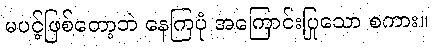
မပင့်ဖြစ်တော့ဘဲ နေကြပုံ အကြောင်းပြုသော စကား။